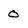
Character: 0